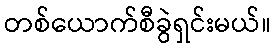
တစ်ယောက်စီခွဲရှင်းမယ်။